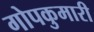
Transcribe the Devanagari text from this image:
गोपकुमारी